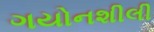
ગયોનશીલી